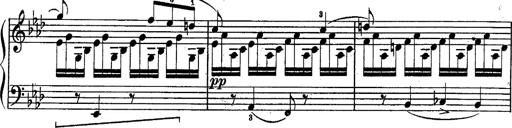
Title: Schubert's Impromptus [revised and edited by Franz Liszt]
Composer: Franz Liszt